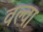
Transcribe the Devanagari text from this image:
वल्वा